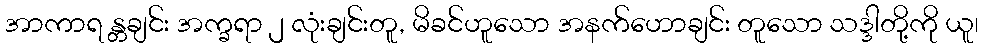
အာကာရ န္တချင်း အက္ခရာ ၂ လုံးချင်းတူ, မိခင်ဟူသော အနက်ဟောချင်း တူသော သဒ္ဒါတို့ကို ယူ၊